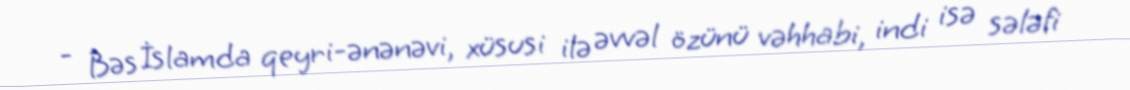
- Bəs İslamda qeyri-ənənəvi, xüsusi ilə əvvəl özünü vəhhabi, indi isə sələfi